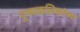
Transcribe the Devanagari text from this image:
पुष्पकलिकांच्या